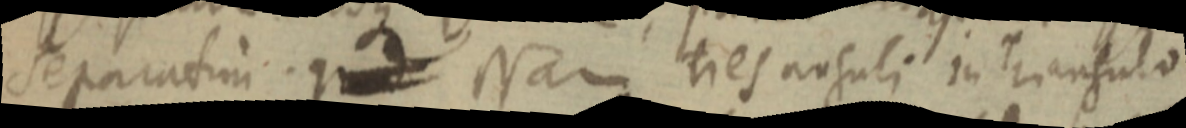
separatim. qu _ Nam tres anguli in triangulo